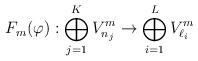
LaTeX: \begin{align*}F_m(\varphi) : \bigoplus_{j=1}^K V_{n_j}^m \to \bigoplus_{i=1}^L V_{\ell_i}^m\end{align*}